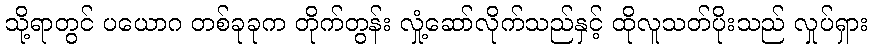
သို့ရာတွင် ပယောဂ တစ်ခုခုက တိုက်တွန်း လှုံ့ဆော်လိုက်သည်နှင့် ထိုလူသတ်ပိုးသည် လှုပ်ရှား